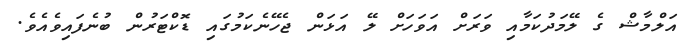
އަލްމާޝް ގެ ލޭމަދުކަމާއި ވަރަށް އަވަހަށް ލޭ އަޅަން ޖެހޭނެކަމުގައި ޑޮކްޓަރުން ބުނެފައިވެއެވެ.